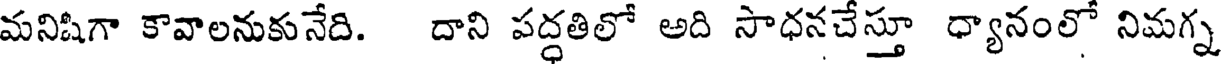
మనిషిగా కావాలనుకునేది. దాని పద్ధతిలో అది సాధనచేస్తూ ధ్యానంలో నిమగ్న